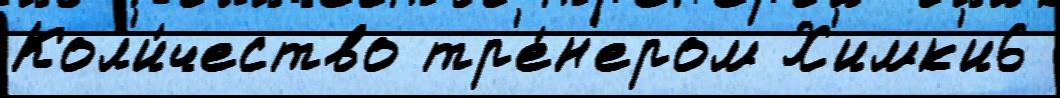
Кол'и́чество тр'е́н'ером Х'имк'и6